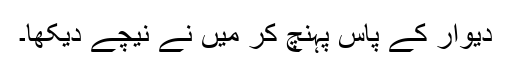
دیوار کے پاس پہنچ کر میں نے نیچے دیکھا۔